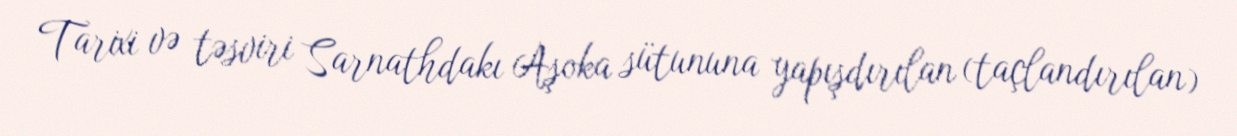
Tarixi və təsviri Sarnathdakı Aşoka sütununa yapışdırılan (taçlandırılan)